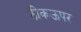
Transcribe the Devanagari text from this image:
ठीकऊपर